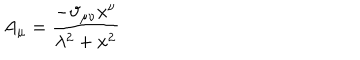
LaTeX: A _ { \mu } = \frac { - \vartheta _ { \mu \nu } x ^ { \nu } } { \lambda ^ { 2 } + x ^ { 2 } }